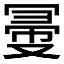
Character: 𠖗